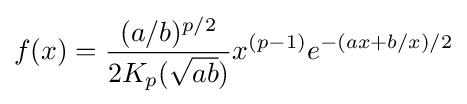
f(x)={\frac {(a/b)^{p/2}}{2K_{p}({\sqrt {ab}})}}x^{(p-1)}e^{-(ax+b/x)/2}